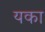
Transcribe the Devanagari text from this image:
यका